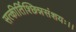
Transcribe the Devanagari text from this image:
सत्कीर्तिश्छिन्नसंशयः।।